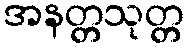
အနတ္တသုတ္တ